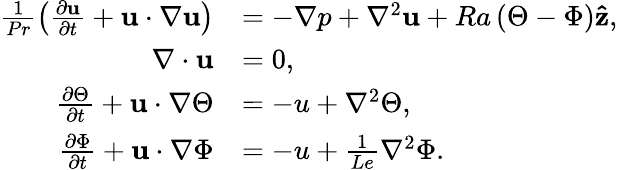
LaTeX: \begin{array}{rl}{\frac{1}{Pr}\left(\frac{\partial\mathbf{u}}{\partial t}+\mathbf{u}\cdot\nabla\mathbf{u}\right)}&{=-\nabla p+\nabla^{2}\mathbf{u}+Ra\left(\Theta-\Phi\right)\mathbf{\hat{z}},}\\ {\nabla\cdot\mathbf{u}}&{=0,}\\ {\frac{\partial\Theta}{\partial t}+\mathbf{u}\cdot\nabla\Theta}&{=-u+\nabla^{2}\Theta,}\\ {\frac{\partial\Phi}{\partial t}+\mathbf{u}\cdot\nabla\Phi}&{=-u+\frac{1}{Le}\nabla^{2}\Phi.}\end{array}